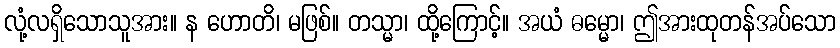
လုံ့လရှိသောသူအား။ န ဟောတိ၊ မဖြစ်။ တသ္မာ၊ ထို့ကြောင့်။ အယံ ဓမ္မော၊ ဤအားထုတန်အပ်သော